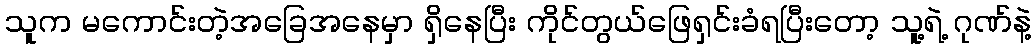
သူက မကောင်းတဲ့အခြေအနေမှာ ရှိနေပြီး ကိုင်တွယ်ဖြေရှင်းခံရပြီးတော့ သူ့ရဲ့ ဂုဏ်နဲ့